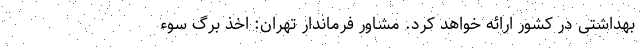
بهداشتی در کشور ارائه خواهد کرد. مشاور فرماندار تهران: اخذ برگ سوء